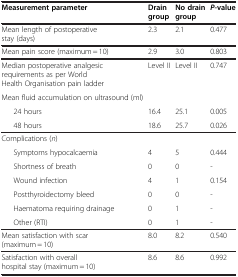
<table><thead><tr><td><b>Measurement parameter</b></td><td><b>Drain group</b></td><td><b>No drain group</b></td><td><b><i>P</i>-value</b></td></tr></thead><tbody><tr><td>Mean length of postoperative stay (days)</td><td>2.3</td><td>2.1</td><td>0.477</td></tr><tr><td>Mean pain score (maximum = 10)</td><td>2.9</td><td>3.0</td><td>0.803</td></tr><tr><td>Median postoperative analgesic requirements as per World Health Organisation pain ladder</td><td>Level II</td><td>Level II</td><td>0.747</td></tr><tr><td>Mean fluid accumulation on ultrasound (ml)</td><td> </td><td> </td><td> </td></tr><tr><td>24 hours</td><td>16.4</td><td>25.1</td><td>0.005</td></tr><tr><td>48 hours</td><td>18.6</td><td>25.7</td><td>0.026</td></tr><tr><td>Complications (<i>n</i>)</td><td> </td><td> </td><td> </td></tr><tr><td>Symptoms hypocalcaemia</td><td>4</td><td>5</td><td>0.444</td></tr><tr><td>Shortness of breath</td><td>0</td><td>0</td><td>-</td></tr><tr><td>Wound infection</td><td>4</td><td>1</td><td>0.154</td></tr><tr><td>Postthyroidectomy bleed</td><td>0</td><td>0</td><td>-</td></tr><tr><td>Haematoma requiring drainage</td><td>0</td><td>1</td><td>-</td></tr><tr><td>Other (RTI)</td><td>0</td><td>1</td><td>-</td></tr><tr><td>Mean satisfaction with scar (maximum = 10)</td><td>8.0</td><td>8.2</td><td>0.540</td></tr><tr><td>Satisfaction with overall hospital stay (maximum = 10)</td><td>8.6</td><td>8.6</td><td>0.992</td></tr></tbody></table>